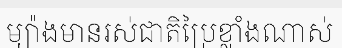
ម្យ៉ាងមានរស់ជាតិប្រៃខ្លាំងណាស់